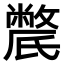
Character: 𣱔